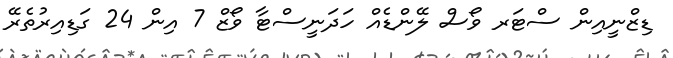
ޑިޒްނީއިން ސްޓަރ ވޯސް ލޭންޑެއް ހަދަނީސްޓާ ވޯޒް 7 އިން 24 ގަޑިއިރުތެރޭ